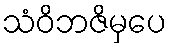
သံဝိဘဇိမှပေ